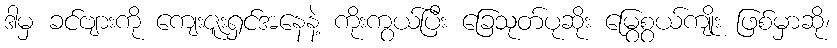
ဒါမှ ခင်ဗျားကို ကျေးဇူးရှင်အနေနဲ့ ကိုးကွယ်ပြီး ခြေသုတ်ပုဆိုး မြွေစွယ်ကျိုး ဖြစ်မှာဆို၊